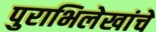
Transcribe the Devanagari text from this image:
पुराभिलेखांचे